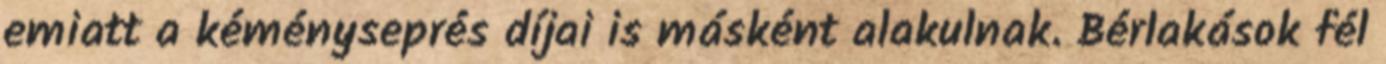
emiatt a kéményseprés díjai is másként alakulnak. Bérlakások fél